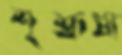
শূশ্রূষা